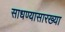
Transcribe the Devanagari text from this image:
साधण्यासारख्या